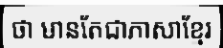
ថា មានតែជាភាសាខ្មែរ